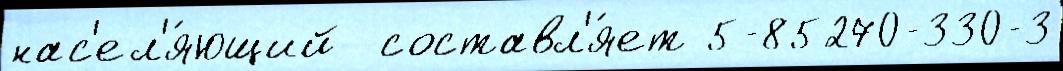
нас'ел'я́ющий  составл'я́ет 5-85270-330-3